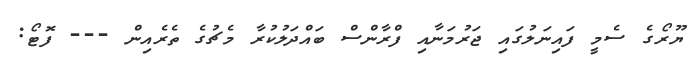
ޔޫރޯގެ ސެމީ ފައިނަލުގައި ޖަރުމަނާއި ފްރާންސް ބައްދަލުކުރާ މެޗުގެ ތެރެއިން --- ފޮޓޯ: